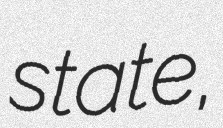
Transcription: state,